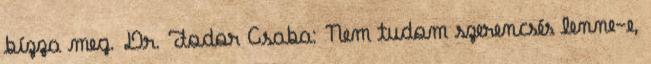
bízza meg. Dr. Fodor Csaba: Nem tudom szerencsés lenne-e,